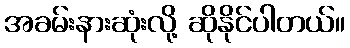
အခမ်းနားဆုံးလို့ ဆိုနိုင်ပါတယ်။